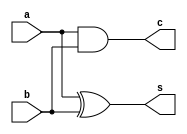
module half_adder_df(a,b,s,c);
input a,b;
output wire s,c;
assign s=a^b;
assign c=a&b;
endmodule